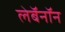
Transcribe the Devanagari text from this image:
लेबॅनॉन